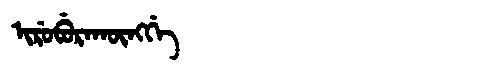
Manchu: ᡳᡵᡠᠪᡠᡵᠠᡴᡡᠩᡤᡝ
Romanization: IRUBURAKŪNGGE